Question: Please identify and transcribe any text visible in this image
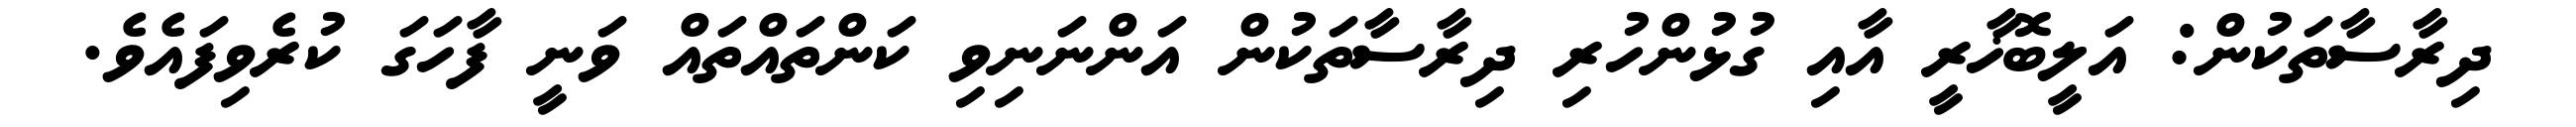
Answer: ދިރާސާތަކުން: އަލީބޮޚާރީ އާއި ގުޅުންހުރި ދިރާސާތަކުން އަންނަނިވި ކަންތައްތައް ވަނީ ފާހަގަ ކުރެވިފައެވެ.